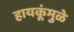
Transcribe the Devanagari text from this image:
हायकूंमुळे